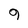
Character: 9